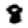
Digit: 8